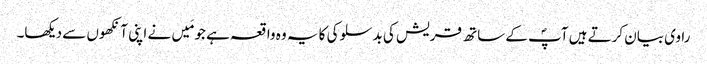
راوی بیان کرتے ہیں آپؐ کے ساتھ قریش کی بدسلوکی کا یہ وہ واقعہ ہے جو مَیں نے اپنی آنکھوں سے دیکھا۔